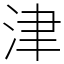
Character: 津